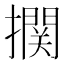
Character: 𰔴